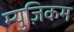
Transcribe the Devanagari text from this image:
म्युज़िकम